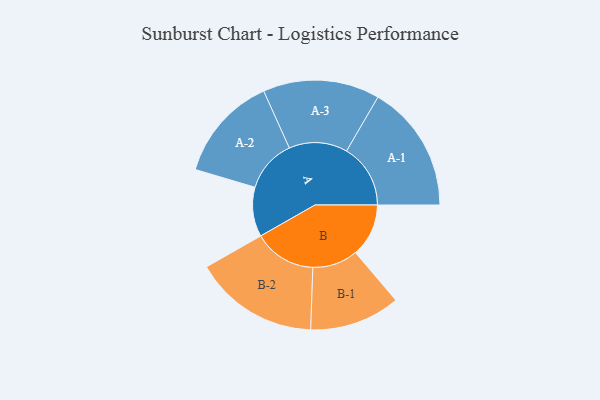
{"axis": {"x": "Segment", "y": "Value"}, "legend": ["", "A", "B"], "data": [{"x": "A", "y": 228, "type": ""}, {"x": "B", "y": 245, "type": ""}, {"x": "A-1", "y": 295, "type": "A"}, {"x": "A-2", "y": 243, "type": "A"}, {"x": "A-3", "y": 269, "type": "A"}, {"x": "B-1", "y": 209, "type": "B"}, {"x": "B-2", "y": 288, "type": "B"}]}